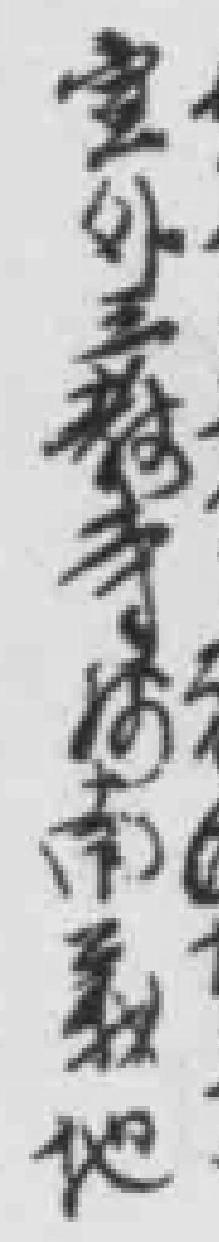
室外三*寺平河南義地